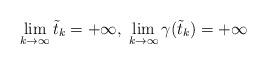
LaTeX: \begin{align*}\lim_{k\to\infty}\tilde t_k=+\infty,\; \lim_{k\to\infty}\gamma(\tilde t_k)=+\infty\end{align*}